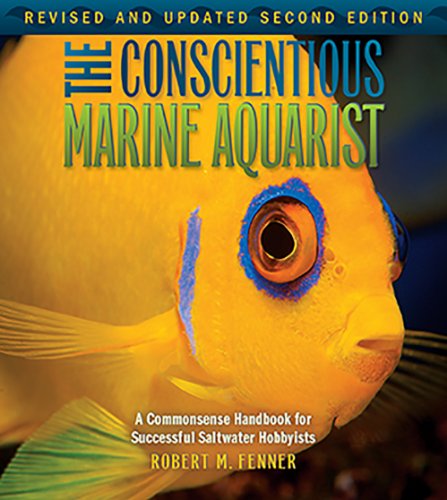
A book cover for The Conscientious Marine Aquarist (Microcosm/T.F.H. Professional); Robert M. Frenner; Crafts, Hobbies & Home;